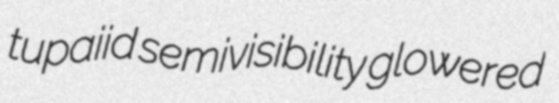
tupaiid semivisibility glowered